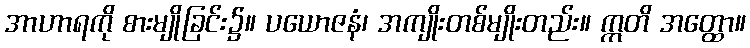
အာဟာရကို စားမျိုခြင်း၌။ ပယောဇနံ၊ အကျိုးတစ်မျိုးတည်း။ ဣတိ အတ္ထော။